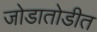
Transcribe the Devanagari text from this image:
जोडातोडीत